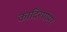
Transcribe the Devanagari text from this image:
कादिरगामर